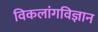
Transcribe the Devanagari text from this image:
विकलांगविज्ञान